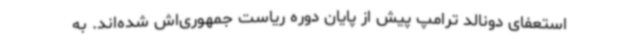
استعفای دونالد ترامپ پیش از پایان دوره ریاست جمهوری‌اش شده‌اند. به